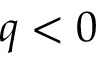
q < 0